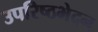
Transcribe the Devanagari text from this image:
उपरिष्ठभेदन